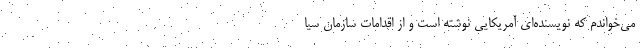
می‌خواندم که نویسنده‌ای آمریکایی نوشته است و از اقدامات سازمان سیا